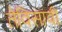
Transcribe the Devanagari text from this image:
तेविसावी